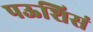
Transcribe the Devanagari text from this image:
पऊशिसं